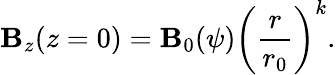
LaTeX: \mathbf{B}_{z}(z=0)=\mathbf{B}_{0}(\psi)\left(\frac{{r}}{{r_{0}}}\right)^{k}.